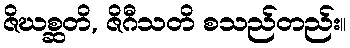
ဇိဃစ္ဆတိ, ဇိဂီသတိ စသည်တည်း။